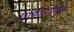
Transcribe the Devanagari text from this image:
पार्श्वभूमीमुळे